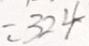
= 3 2 4